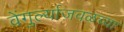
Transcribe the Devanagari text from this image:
वेंगुर्ल्याजवळच्या